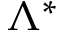
\Lambda ^ { * }